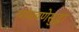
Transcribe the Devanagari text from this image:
थांबवणेसुद्धा